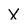
Character: X